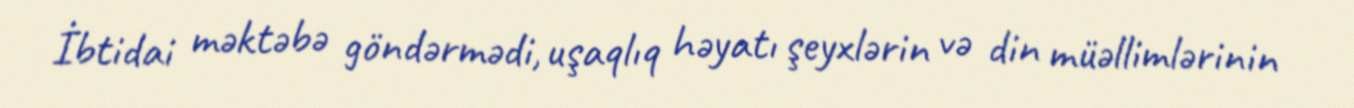
İbtidai məktəbə göndərmədi, uşaqlıq həyatı şeyxlərin və din müəllimlərinin